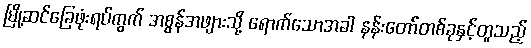
မြို့ဆင်ခြေဖုံးရပ်ကွက် အစွန်အဖျားသို့ ရောက်သောအခါ နန်းတော်တစ်ခုနှင့်တူသည့်